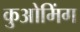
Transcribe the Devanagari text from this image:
कुओमिंग